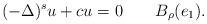
LaTeX: \begin{align*}(-\Delta)^s u +cu =0 \qquad B_{\rho}(e_1).\end{align*}